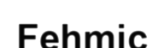
Fehmic